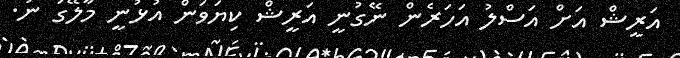
އަރީޝް އަށް އަސްލު އަހަރެން ނޭގުނީ އަރީޝް ކިޔަވަން އުޅުނީ މާލޭގަ ނު.